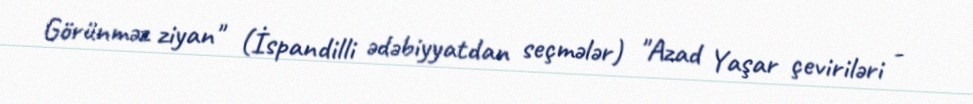
Görünməz ziyan" (İspandilli ədəbiyyatdan seçmələr) "Azad Yaşar çeviriləri -